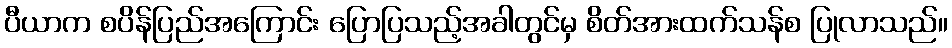
ပီယာက စပိန်ပြည်အကြောင်း ပြောပြသည့်အခါတွင်မှ စိတ်အားထက်သန်စ ပြုလာသည်။